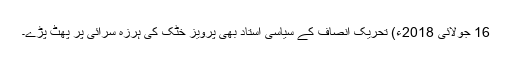
16 جولائی 2018ء) تحریک انصاف کے سیاسی استاد بھی پرویز خٹک کی ہرزہ سرائی پر پھٹ پڑے۔